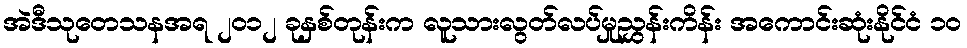
အဲဒီသုတေသနအရ ၂၀၁၂ ခုနှစ်တုန်းက လူသားလွတ်လပ်မှုညွှန်းကိန်း အကောင်းဆုံးနိုင်ငံ ၁၀